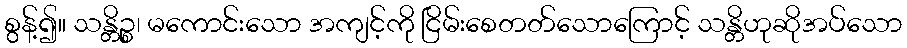
စွန့်၍။ သန္တိဉ္စ၊ မကောင်းသော အကျင့်ကို ငြိမ်းစေတတ်သောကြောင့် သန္တိဟုဆိုအပ်သော